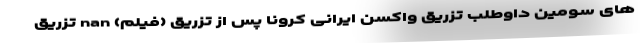
های سومین داوطلب تزریق واکسن ایرانی کرونا پس از تزریق (فیلم) nan تزریق